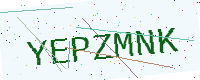
Text: YEPZMNK